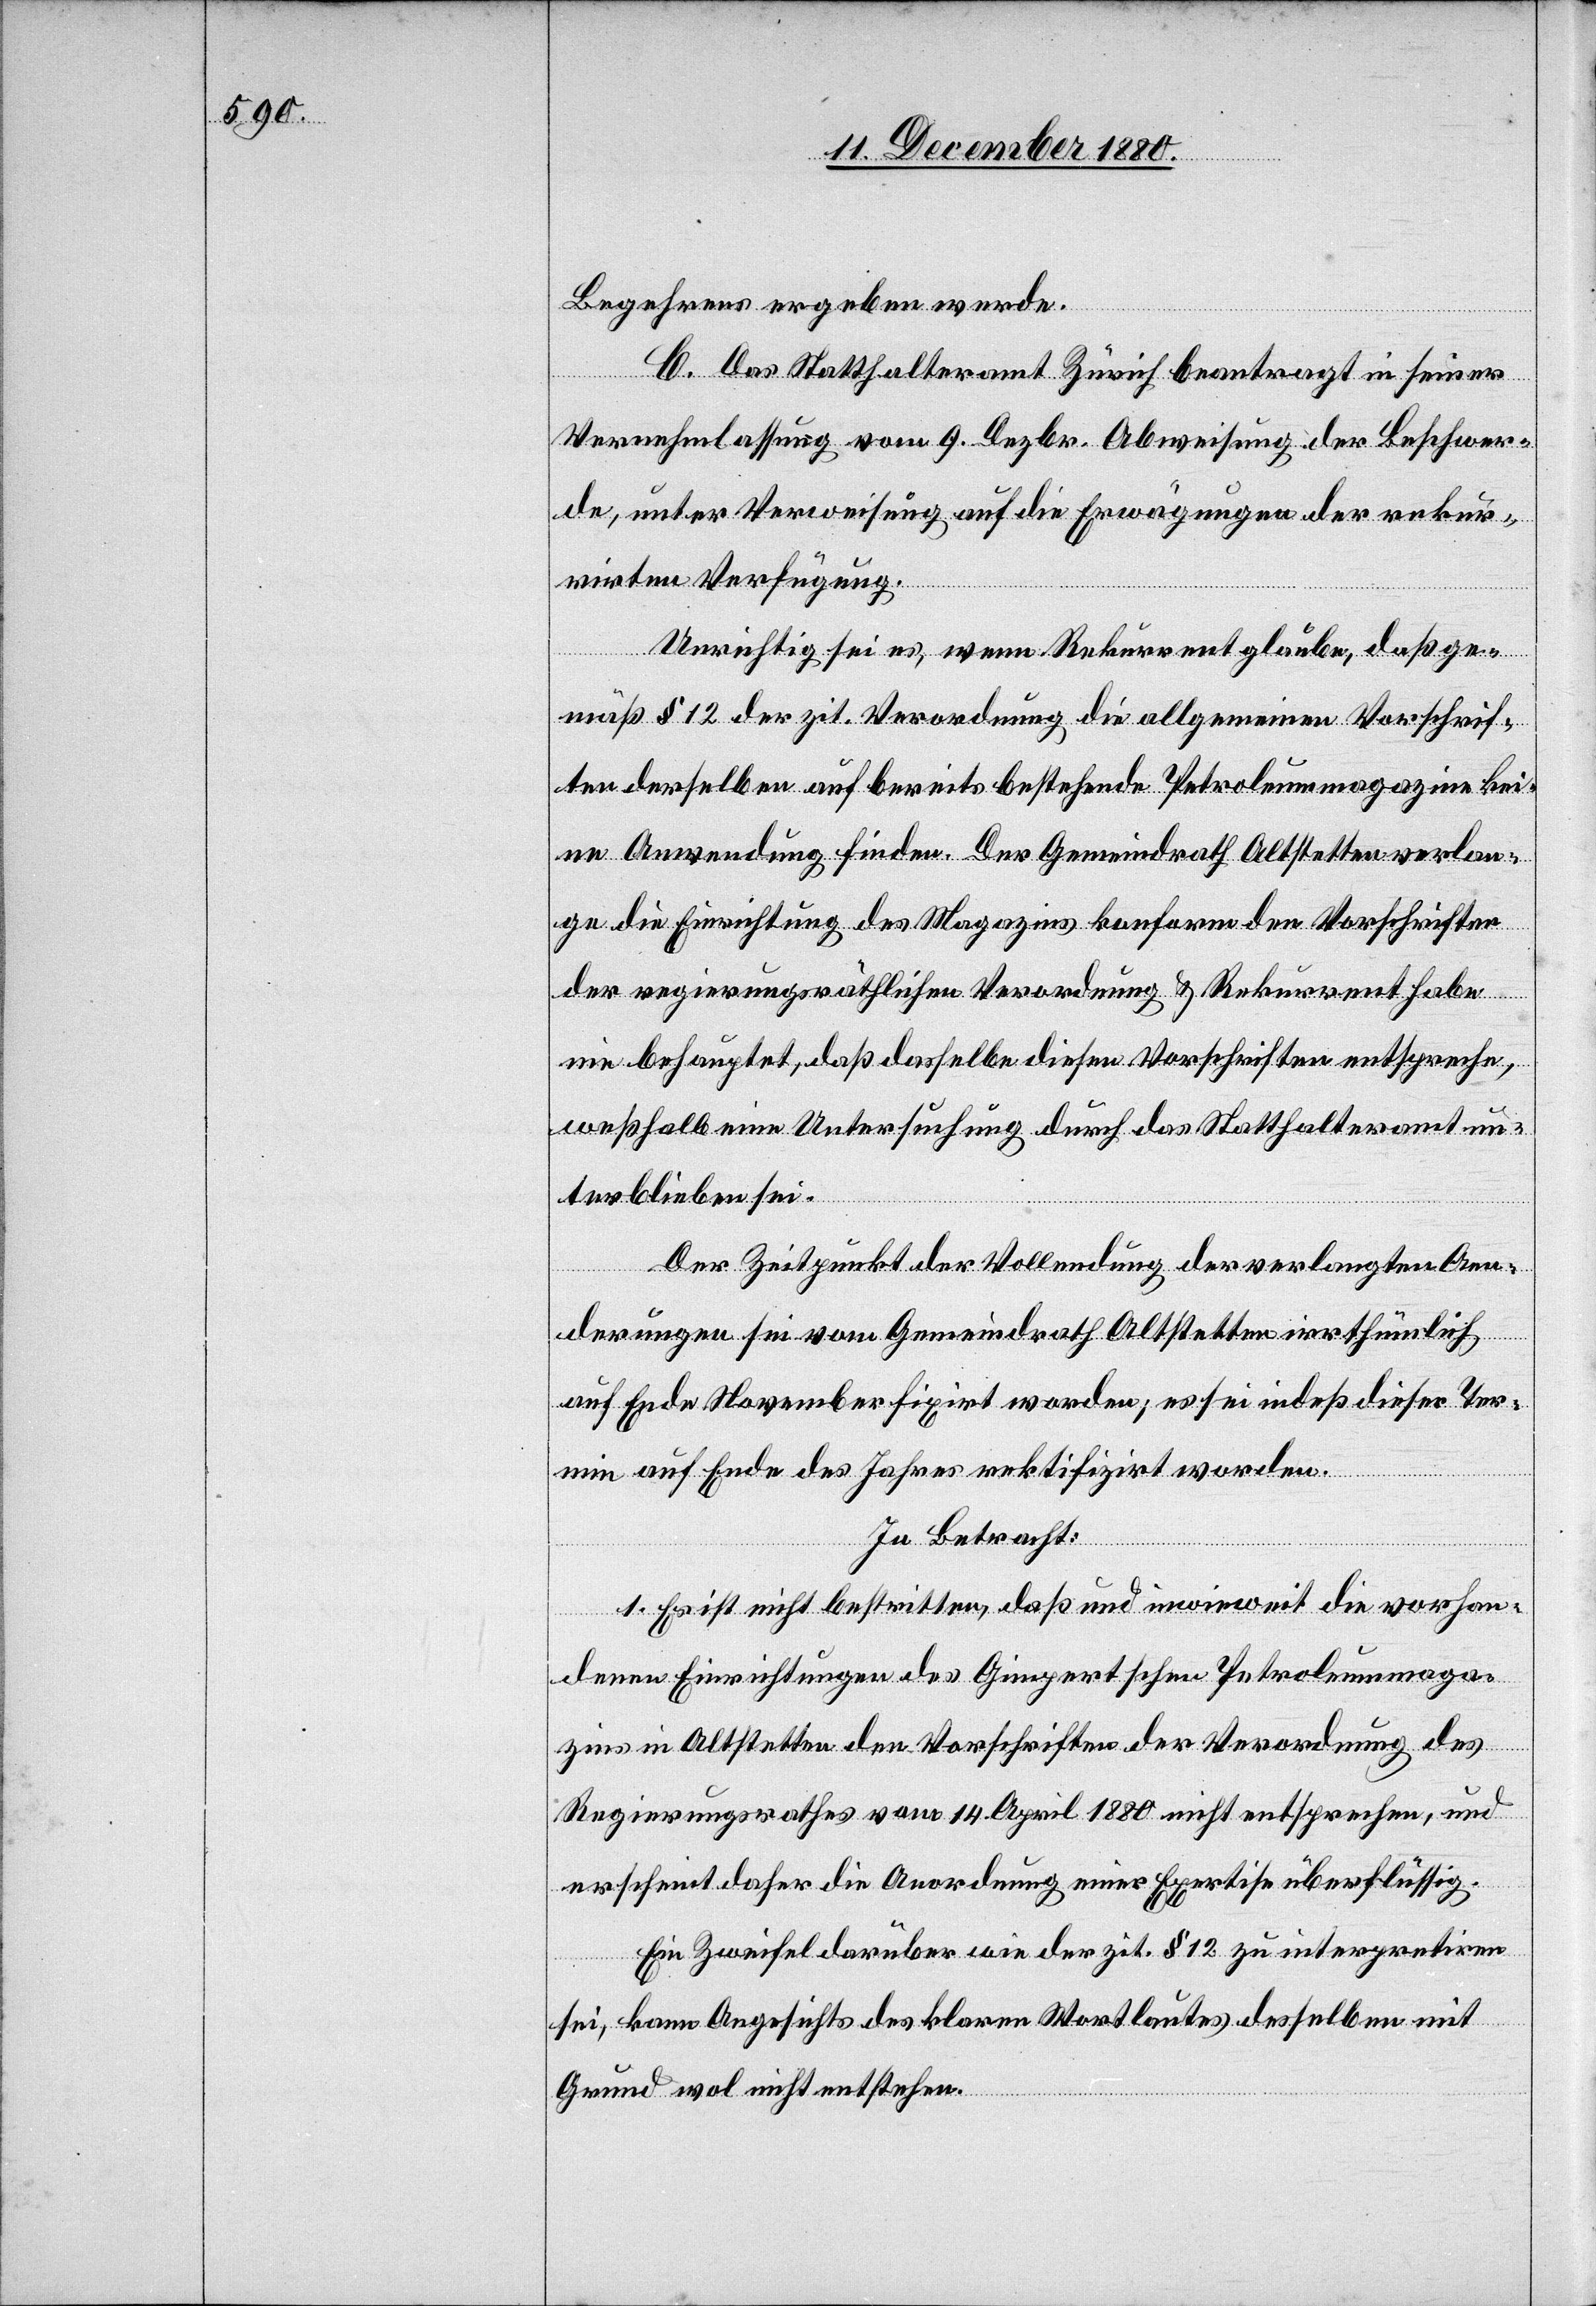
Begehrens ergeben werde.
C. Das Statthalteramt Zürich beantragt in seiner
Vernehmlassung vom 9. Dezbr. Abweisung der Beschwer¬
de, unter Verweisung auf die Erwägungen der rekur¬
rirten Verfügung.
Unrichtig sei es, wenn Rekurrent glaube, daß ge¬
mäß § 12 der zit. Verordnung die allgemeinen Vorschrif¬
ten derselben auf bereits bestehende Petroleummagazine kei¬
ne Anwendung finden. Der Gemeindrath Altstetten verlan¬
ge die Einrichtung des Magazins konform der Vorschriften
der regierungsräthlichen Verordnung & Rekurrent habe
nie behauptet, daß dasselbe diesen Vorschriften entspreche,
weßhalb eine Untersuchung durch das Statthalteramt un¬
terblieben sei.
Der Zeitpunkt der Vollendung der verlangten Aen¬
derungen sei vom Gemeindrath Altstetten irrthümlich
auf Ende November fixirt worden; es sei indeß dieser Ter¬
min auf Ende des Jahres rektifizirt worden.
In Betracht:
1. Es ist nicht bestritten, daß und inwieweit die vorhan¬
denen Einrichtungen des Gimpertschen Petroleummaga¬
zins in Altstetten den Vorschriften der Verordnung des
Regierungsrathes vom 14. April 1880 nicht entsprechen, und
erscheint daher die Anordnung einer Expertise überflüssig.
Ein Zweifel darüber wie der zit. § 12 zu interpretiren
sei, kann Angesichts des klaren Wortlautes desselben mit
Grund wol nicht entstehen.